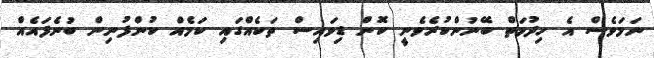
ނަމަވެސް އެ ހިދުމަތް ބޭނުންކުރެވެނީ ކޮން ޑިވައިސް ތަކެއްގައި ކަމެއް ކުންފުނިން ބުނެފައެއް